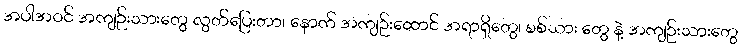
အပါအဝင် အကျဉ်းသားတွေ လွတ်ပြေးတာ၊ နောက် အကျဉ်းထောင် အရာရှိတွေ၊ စစ်သား တွေ နဲ့ အကျဉ်းသားတွေ